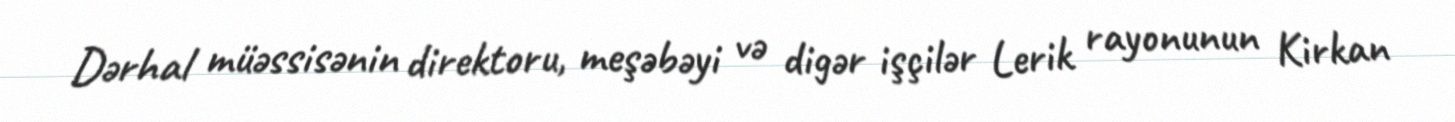
Dərhal müəssisənin direktoru, meşəbəyi və digər işçilər Lerik rayonunun Kirkan